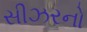
સીઝરનો